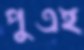
পুত্রই